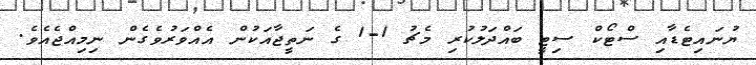
ޔުނައިޓެޑާއި ސްޓޯކް ސިޓީ ބައްދަލުކުރި މެޗު 1-1 ގެ ނަތީޖާއަކުން އެއްވަރުވެގެން ނިމިއްޖެއެވެ.